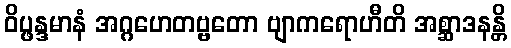
ဝိပ္ဖန္ဒမာနံ အဂ္ဂဟေတဗ္ဗတော ဗျာကရောဟီတိ အစ္ဆာဒနန္တိ